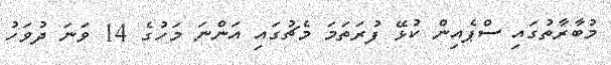
މުބާރާތުގައި ސްޕެއިން ކުޅޭ ފުރަތަމަ މެޗުގައި އަންނަ މަހުގެ 14 ވަނަ ދުވަހު